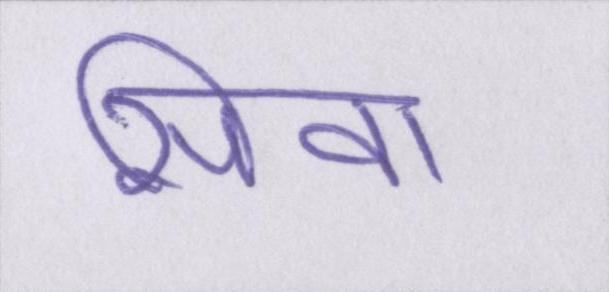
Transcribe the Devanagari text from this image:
सिवा